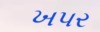
ખપર